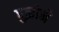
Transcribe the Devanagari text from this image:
पुझोने